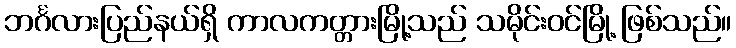
ဘင်္ဂလားပြည်နယ်ရှိ ကာလကတ္တားမြို့သည် သမိုင်းဝင်မြို့ ဖြစ်သည်။